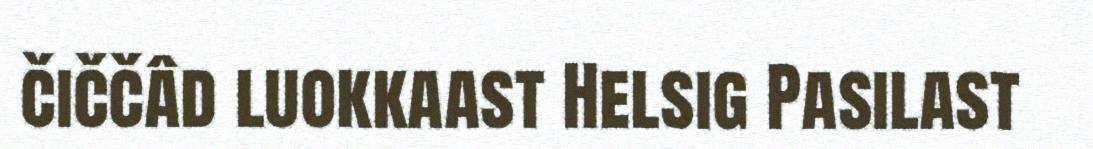
čiččâd luokkaast Helsig Pasilast